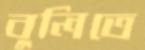
বুলিতে